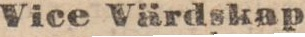
Vice Värdskap